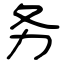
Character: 务